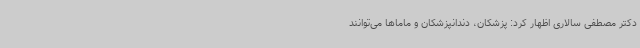
دکتر مصطفی سالاری اظهار کرد: پزشکان، دندانپزشکان و ماماها می‌توانند